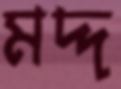
মদ্দ